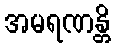
အမရဏန္တိ